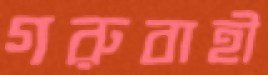
গরুবাহী